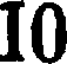
10